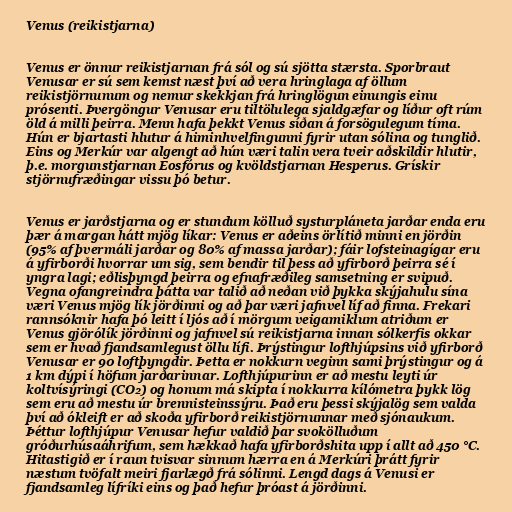
Venus (reikistjarna)

Venus er önnur reikistjarnan frá sól og sú sjötta stærsta. Sporbraut
Venusar er sú sem kemst næst því að vera hringlaga af öllum
reikistjörnunum og nemur skekkjan frá hringlögun einungis einu
prósenti. Þvergöngur Venusar eru tiltölulega sjaldgæfar og líður oft rúm
öld á milli þeirra. Menn hafa þekkt Venus síðan á forsögulegum tíma.
Hún er bjartasti hlutur á himinhvelfingunni fyrir utan sólina og tunglið.
Eins og Merkúr var algengt að hún væri talin vera tveir aðskildir hlutir,
þ.e. morgunstjarnan Eosfórus og kvöldstjarnan Hesperus. Grískir
stjörnufræðingar vissu þó betur.

Venus er jarðstjarna og er stundum kölluð systurpláneta jarðar enda eru
þær á margan hátt mjög líkar: Venus er aðeins örlítið minni en jörðin
(95% af þvermáli jarðar og 80% af massa jarðar); fáir lofsteinagígar eru
á yfirborði hvorrar um sig, sem bendir til þess að yfirborð þeirra sé í
yngra lagi; eðlisþyngd þeirra og efnafræðileg samsetning er svipuð.
Vegna ofangreindra þátta var talið að neðan við þykka skýjahulu sína
væri Venus mjög lík jörðinni og að þar væri jafnvel líf að finna. Frekari
rannsóknir hafa þó leitt í ljós að í mörgum veigamiklum atriðum er
Venus gjörólík jörðinni og jafnvel sú reikistjarna innan sólkerfis okkar
sem er hvað fjandsamlegust öllu lífi. Þrýstingur lofthjúpsins við yfirborð
Venusar er 90 loftþyngdir. Þetta er nokkurn veginn sami þrýstingur og á
1 km dýpi í höfum jarðarinnar. Lofthjúpurinn er að mestu leyti úr
koltvísýringi (CO₂) og honum má skipta í nokkurra kílómetra þykk lög
sem eru að mestu úr brennisteinssýru. Það eru þessi skýjalög sem valda
því að ókleift er að skoða yfirborð reikistjörnunnar með sjónaukum.
Þéttur lofthjúpur Venusar hefur valdið þar svokölluðum
gróðurhúsaáhrifum, sem hækkað hafa yfirborðshita upp í allt að 450 °C.
Hitastigið er í raun tvisvar sinnum hærra en á Merkúri þrátt fyrir
næstum tvöfalt meiri fjarlægð frá sólinni. Lengd dags á Venusi er
fjandsamleg lífríki eins og það hefur þróast á jörðinni.